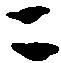
ニ